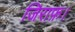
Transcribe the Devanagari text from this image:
जिराफ़।